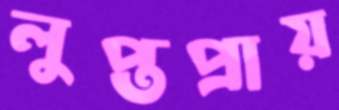
লুপ্তপ্রায়